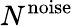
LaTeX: N^{\mathrm{noise}}